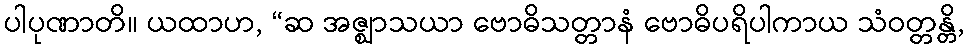
ပါပုဏာတိ။ ယထာဟ, “ဆ အဇ္ဈာသယာ ဗောဓိသတ္တာနံ ဗောဓိပရိပါကာယ သံဝတ္တန္တိ,